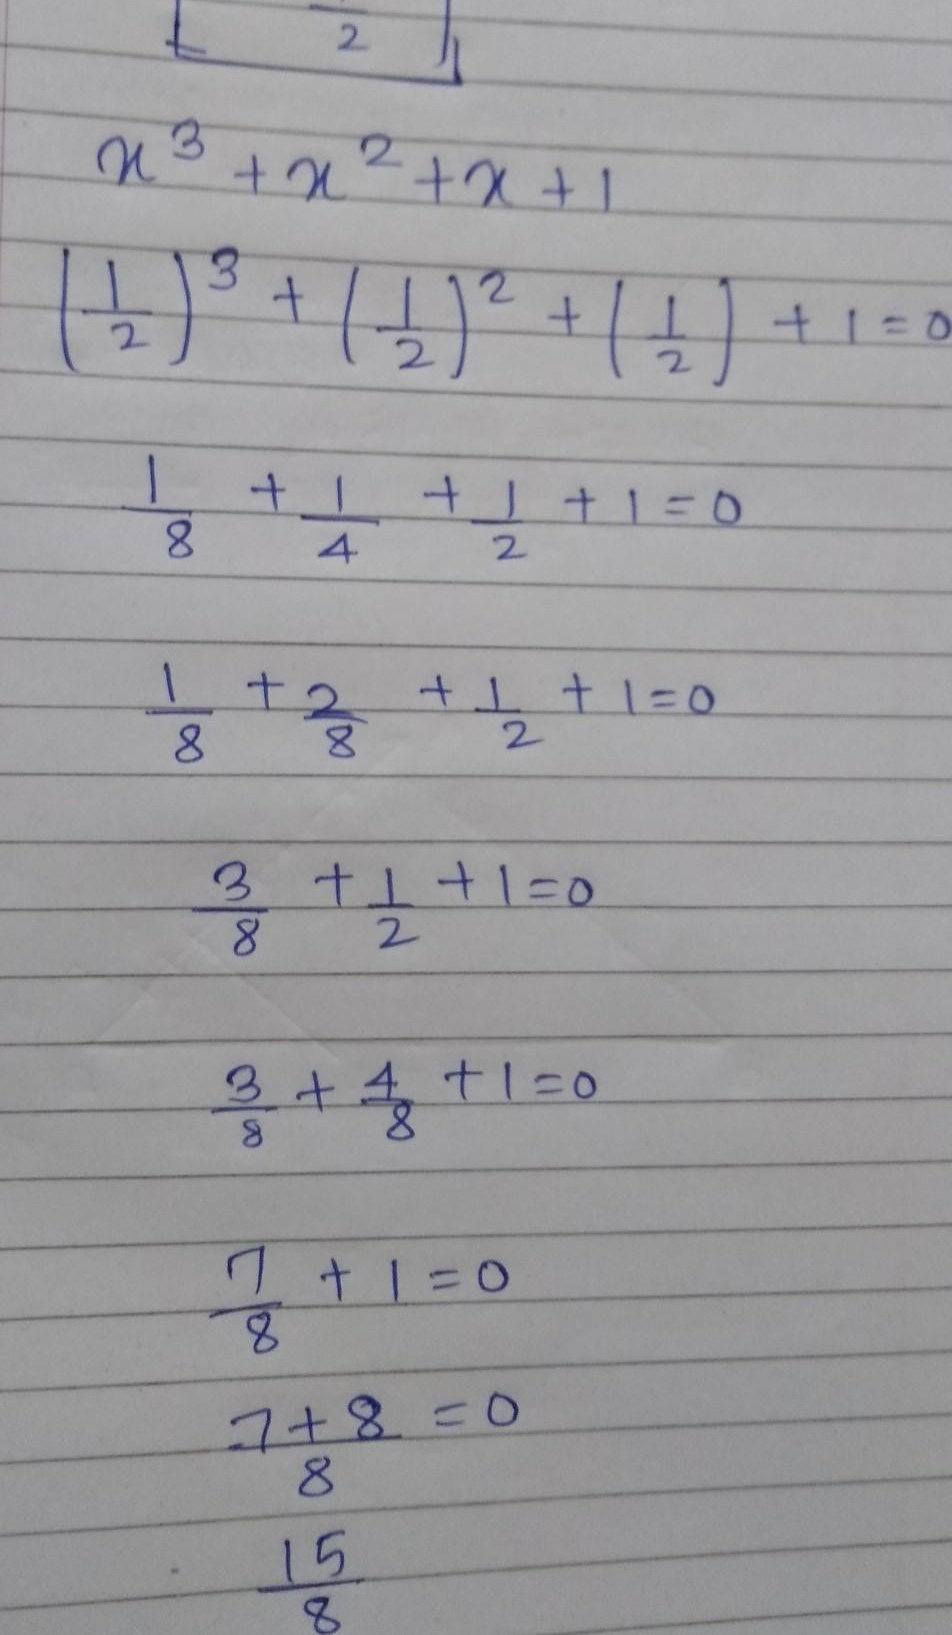
\[
\begin{align*}
&x^{3}+x^{2}+x + 1\\
&\left(\frac{1}{2}\right)^{3}+\left(\frac{1}{2}\right)^{2}+\left(\frac{1}{2}\right)+1\\
&=\frac{1}{8}+\frac{1}{4}+\frac{1}{2}+1\\
&=\frac{1}{8}+\frac{2}{8}+\frac{1}{2}+1\\
&=\frac{3}{8}+\frac{1}{2}+1\\
&=\frac{3}{8}+\frac{4}{8}+1\\
&=\frac{7}{8}+1\\
&=\frac{7 + 8}{8}\\
&=\frac{15}{8}
\end{align*}
\]